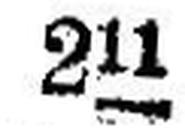
211